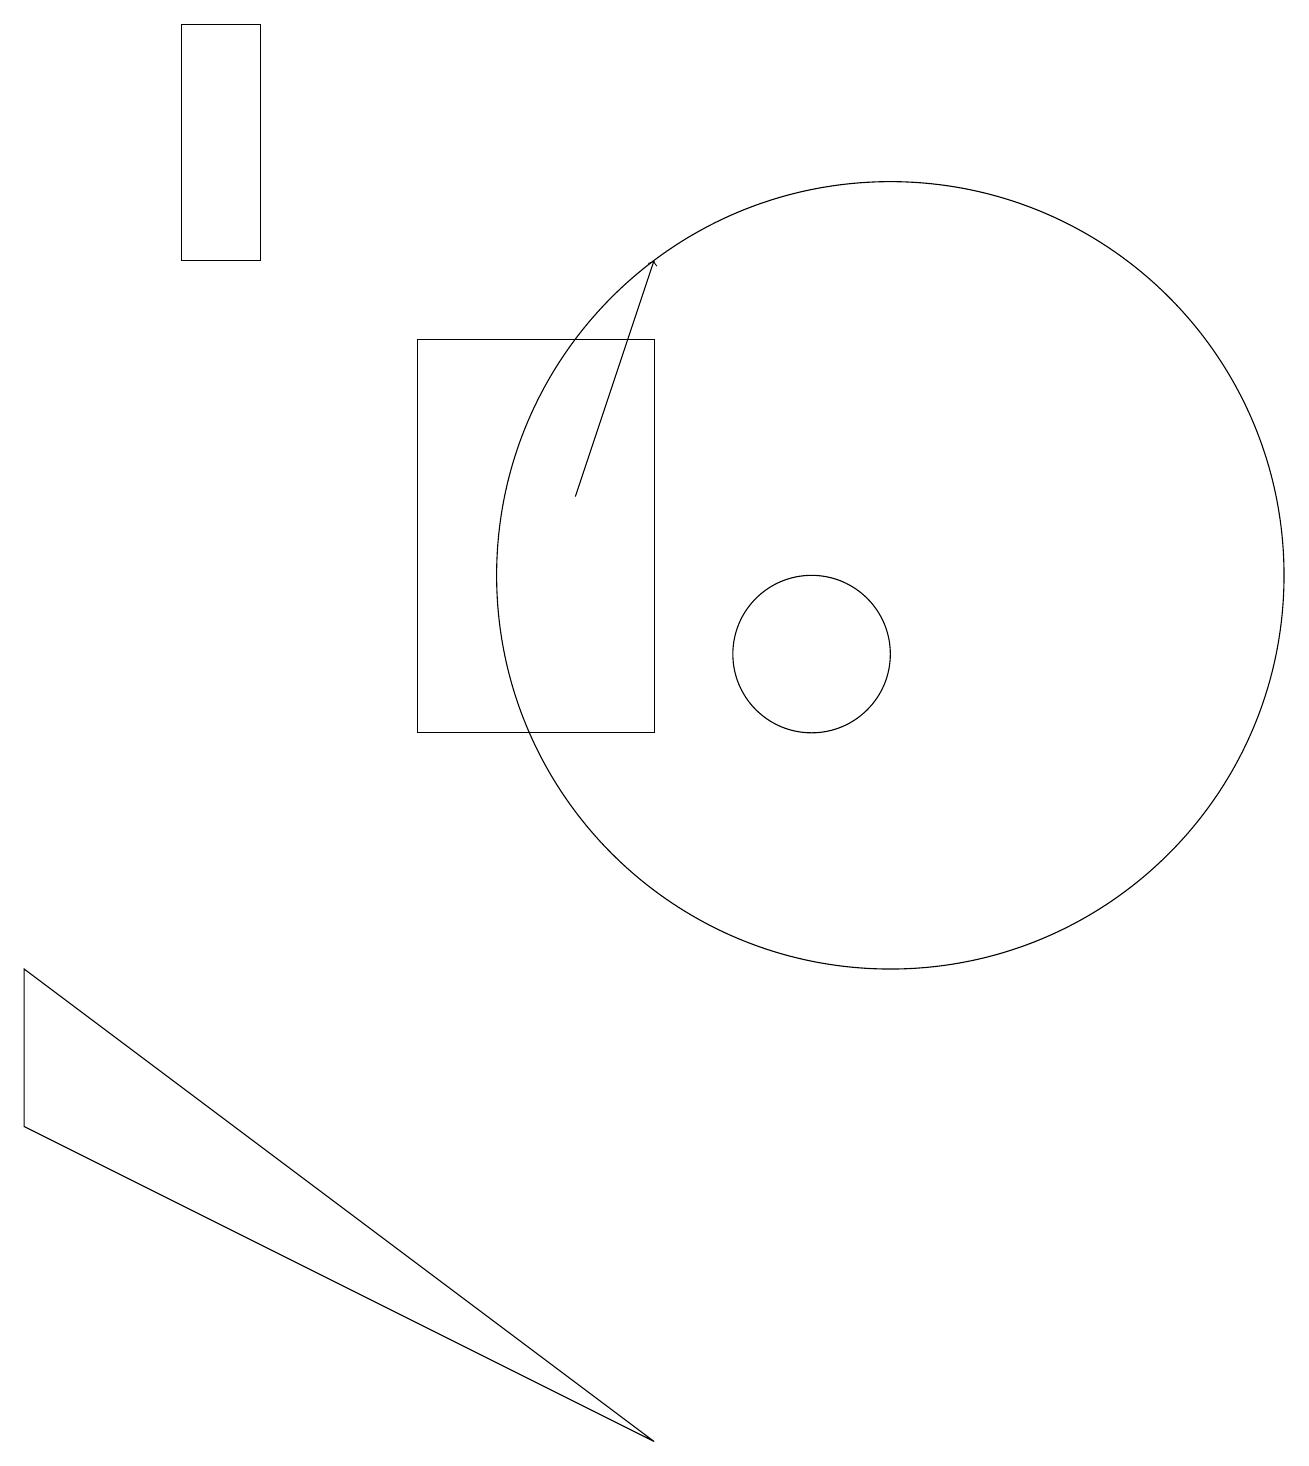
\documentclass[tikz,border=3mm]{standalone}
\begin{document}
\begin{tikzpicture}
\draw[->] (8,13) -- (9,16);
\draw (9,1) -- (1,7) -- (1,5) -- cycle;
\draw (3,16) rectangle (4,19);
\draw (11,11) circle (1);
\draw (12,12) circle (5);
\draw (9,15) rectangle (6,10);
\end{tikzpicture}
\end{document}